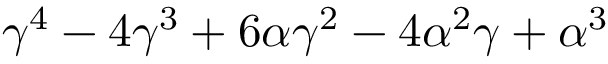
\gamma ^ { 4 } - 4 \gamma ^ { 3 } + 6 \alpha \gamma ^ { 2 } - 4 \alpha ^ { 2 } \gamma + \alpha ^ { 3 }